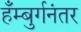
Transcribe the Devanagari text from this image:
हँम्बुर्गनंतर